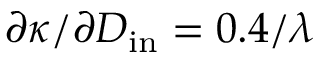
\partial \kappa / \partial D _ { \mathrm { i n } } = 0 . 4 / \lambda